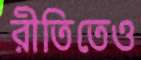
রীতিতেও